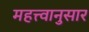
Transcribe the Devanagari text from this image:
महत्त्वानुसार